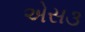
એસ૩